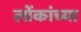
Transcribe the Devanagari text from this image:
लोंकांच्या